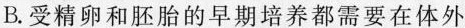
B.受精卵和胚胎的早期培养都需要在体外